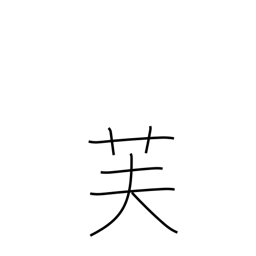
Meaning: Mt Fuji